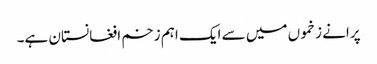
پرانے زخموں میں سے ایک اہم زخم افغانستان ہے۔